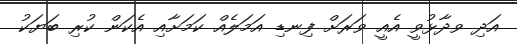
އަދި ވދާޅުވީ އެއީ ވަރަށް ފިނޑި އަމަލެއް ކަމަށާއި އެކަން ކުރި ބަޔަކު